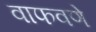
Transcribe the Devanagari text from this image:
वाफवणे